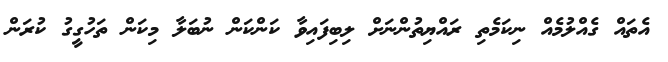
އެތައް ގެއްލުމެއް ނިކަމެތި ރައްޔިތުންނަށް ލިބިފައިވާ ކަންކަން ނުބަލާ މިކަން ތަހުގީގު ކުރަން